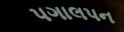
પગાલપન